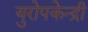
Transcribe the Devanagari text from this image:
युरोपकेन्द्री